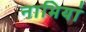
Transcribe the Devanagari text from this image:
नाभियां